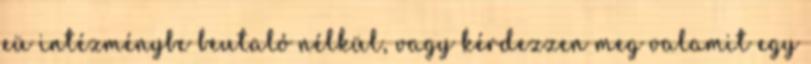
eü intézménybe beutaló nélkül, vagy kérdezzen meg valamit egy